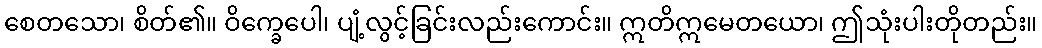
စေတသော၊ စိတ်၏။ ဝိက္ခေပေါ၊ ပျံ့လွင့်ခြင်းလည်းကောင်း။ ဣတိဣမေတယော၊ ဤသုံးပါးတိုတည်း။